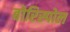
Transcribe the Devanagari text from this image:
बोरिस्पोल